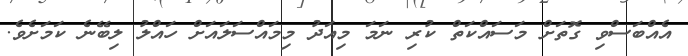
އެއްބަސްވި ގޮތަށް މަސައްކަތް ކުރި ނަމަ މިއަދު މިމައްސަލައަށް ހައްލު ލިބޭނެ ކަމަށެވެ.